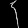
Digit: ၄